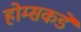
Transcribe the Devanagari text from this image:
होम्सकडे